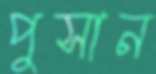
পুসান